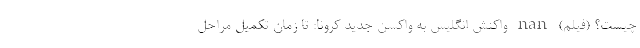
چیست؟ (فیلم) nan واکنش انگلیس به واکسن جدید کرونا: تا زمان تکمیل مراحل